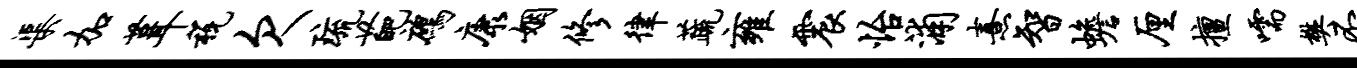
渠加葺税欠琉葩鹧康姻修律蔬雍震怡浦熹智蟾厘擅嚅樊丕